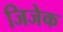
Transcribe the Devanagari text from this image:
जिजेक